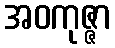
အဝကုဇ္ဇာ